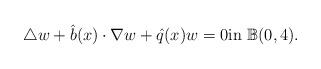
LaTeX: \begin{align*}\triangle w+\hat{{b}}(x)\cdot\nabla w+\hat{{q}}(x)w=0 \mbox{in}\ \mathbb B( 0, 4).\end{align*}